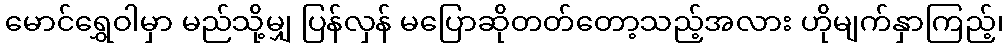
မောင်ရွှေဝါမှာ မည်သို့မျှ ပြန်လှန် မပြောဆိုတတ်တော့သည့်အလား ဟိုမျက်နှာကြည့်၊